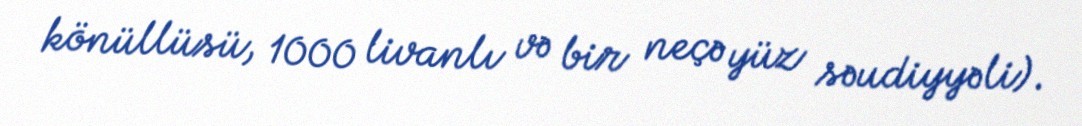
könüllüsü, 1000 livanlı və bir neçə yüz səudiyyəli).